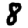
Digit: 8